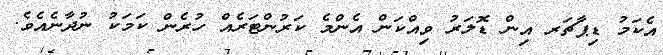
އެކަމު ޑިޕާޗަރ އިން ޑޮލަރު ވިއްކަން އެންމެ ކަރުންޓަރެއް ހުރެން ކަމަކު ނުދާނެއެވެ.